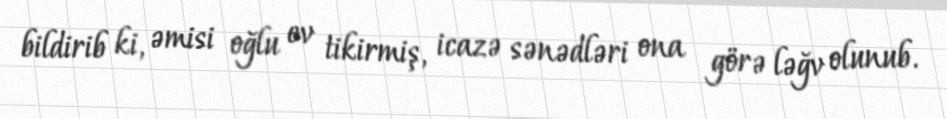
bildirib ki, əmisi oğlu ev tikirmiş, icazə sənədləri ona görə ləğv olunub.